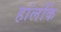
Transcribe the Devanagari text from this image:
हांलंकि